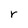
Character: r